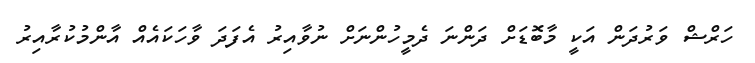
ހަރްޝް ވަރުދަން އަކީ މާބޮޑަށް ދަންނަ ދެމީހުންނަށް ނުވާއިރު އެފަދަ ވާހަކައެއް އާންމުކުރާއިރު